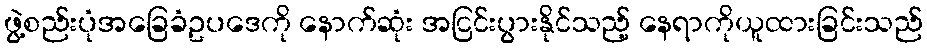
ဖွဲ့စည်းပုံအခြေခံဥပဒေကို နောက်ဆုံး အငြင်းပွားနိုင်သည့် နေရာကိုယူထားခြင်းသည်